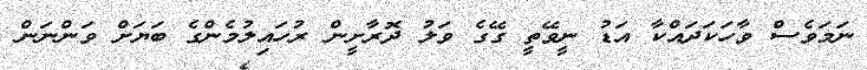
ނަމަވެސް ވާހަކަދައްކާ އަޑު ނީވޭތީ ގޭގެ ވަލު ދޮރާށީން ރުހައިލުމެންގެ ބަޔަށް ވަންނަން